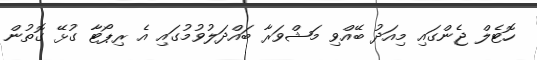
ހޮޓެލް ޖެންގައި މިއަދު ބޭއްވި މަޝްވަރާ ބައްދަލުވުމުގައި އެ ރިޕޯޓާ ގުޅޭ ގޮތުން